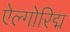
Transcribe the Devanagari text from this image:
ऐल्गोरिद्म